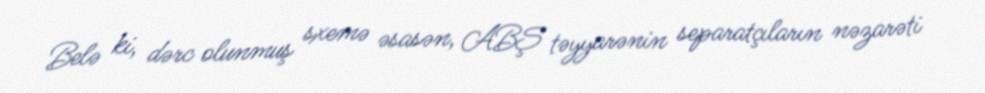
Belə ki, dərc olunmuş sxemə əsasən, ABŞ təyyarənin separatçıların nəzarəti